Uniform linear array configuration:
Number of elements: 64
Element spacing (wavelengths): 0.25
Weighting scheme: blackman
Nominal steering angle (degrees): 45
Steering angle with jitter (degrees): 46.821
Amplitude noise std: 0.05
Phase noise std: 0.05

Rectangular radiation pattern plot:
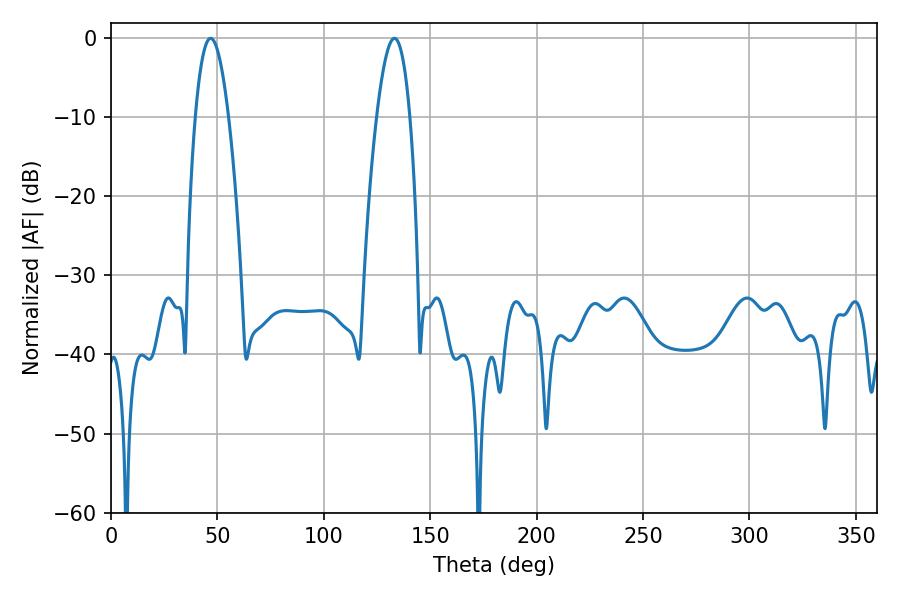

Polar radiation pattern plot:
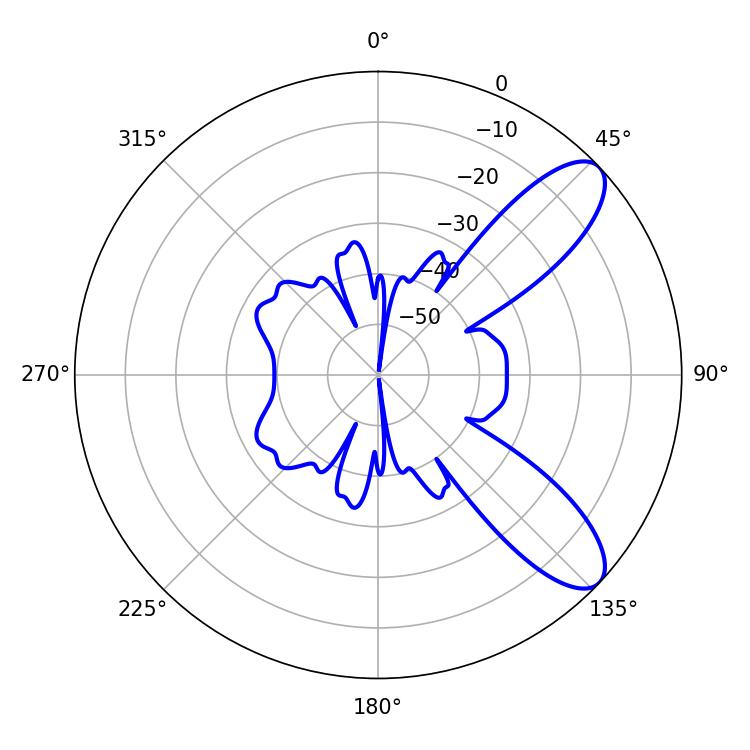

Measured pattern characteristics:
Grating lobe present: FALSE
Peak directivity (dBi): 9.285
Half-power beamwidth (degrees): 8.64
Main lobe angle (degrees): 46.8